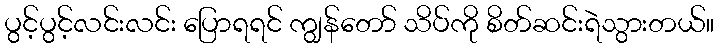
ပွင့်ပွင့်လင်းလင်း ပြောရရင် ကျွန်တော် သိပ်ကို စိတ်ဆင်းရဲသွားတယ်။